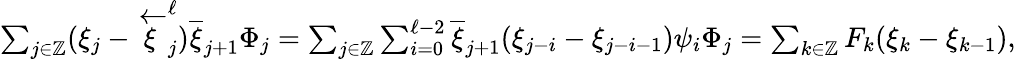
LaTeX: \begin{array}{r}{\sum_{j\in\mathbb{Z}}(\xi_{j}-\overleftarrow{\xi}_{j}^{\ell})\overline{{\xi}}_{j+1}\Phi_{j}=\sum_{j\in\mathbb{Z}}\sum_{i=0}^{\ell-2}\overline{{\xi}}_{j+1}(\xi_{j-i}-\xi_{j-i-1})\psi_{i}\Phi_{j}=\sum_{k\in\mathbb{Z}}F_{k}(\xi_{k}-\xi_{k-1}),}\end{array}